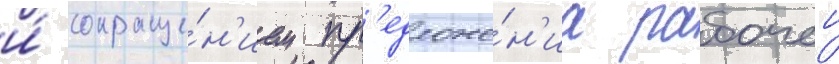
и́ сокраще́н'ием пр'едложе́н'иа рабочеи